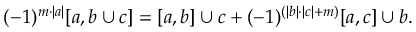
( - 1 ) ^ { m \cdot | a | } [ a , b \cup c ] = [ a , b ] \cup c + ( - 1 ) ^ { ( | b | \cdot | c | + m ) } [ a , c ] \cup b .